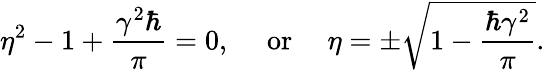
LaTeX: \eta^{2}-1+\frac{\gamma^{2}\hbar}{\pi}=0,~~~~~\mathrm{or}~~~~~\eta=\pm\sqrt{1-\frac{\hbar\gamma^{2}}{\pi}}.